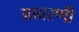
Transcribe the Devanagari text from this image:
आवरणी